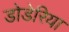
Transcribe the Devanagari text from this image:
डोडेरिया